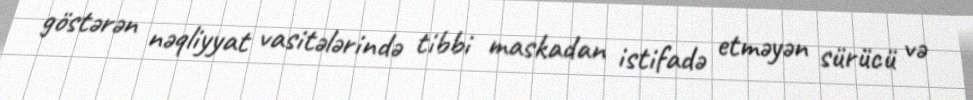
göstərən nəqliyyat vasitələrində tibbi maskadan istifadə etməyən sürücü və